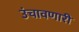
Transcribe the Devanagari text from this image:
उंचावणारी